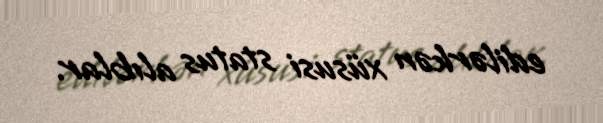
edilərkən xüsusi status alıblar.